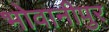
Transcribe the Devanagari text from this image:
भोवानीपुर